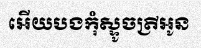
អើយបងកុំស្ទូចត្រីអូន